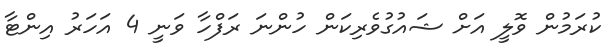
ކުރަމުން ވޮލީ އަށް ޝައުގުވެރިކަން ހުންނަ ރަފްހާ ވަނީ 4 އަހަރު އިންޓާ